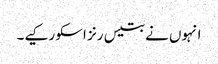
انہوں نے بتیس رنز اسکو رکیے۔